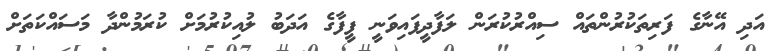
އަދި އޭނާގެ ފަރިތަކުރުންތައް ސިއްރުކުރަން ލަފާދީފައިވަނީ ފީފާގެ އަދަބު ލުއިކުރުމަށް ކުރަމުންދާ މަސައްކަތަށް